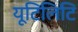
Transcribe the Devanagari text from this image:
यूटिलिटि